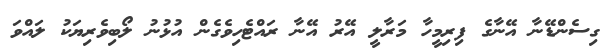
ގިސެންޑޭނާ އޭނާގެ ފިރިމީހާ މަރާލީ އޭރު އޭނާ ރައްޓެހިވެގެން އުޅުނު ލޯބިވެރިޔަކު ލައްވަ